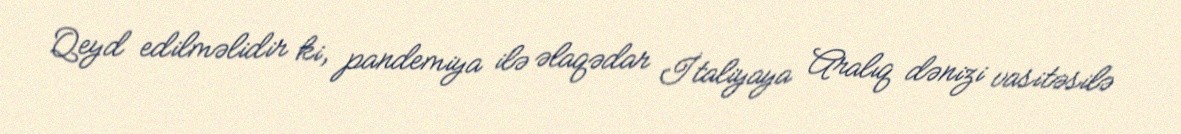
Qeyd edilməlidir ki, pandemiya ilə əlaqədar İtaliyaya Aralıq dənizi vasitəsilə